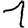
Digit: 1